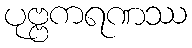
ပုဗ္ဗကရဏဿ